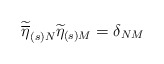
\begin{align*}\widetilde{\overline{\eta }}_{(s)N}\widetilde{\eta }_{(s)M}=\delta _{NM}\end{align*}